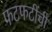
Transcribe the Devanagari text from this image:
फटफटींची